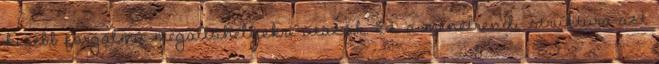
kisebb forgalmú megállóhelyekre utazók. Ez a menetrendi struktúra azt